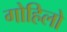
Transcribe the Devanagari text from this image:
गोहिलो